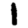
Digit: 1